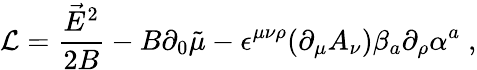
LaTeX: {\cal L}=\frac{\vec{E}^{2}}{2B}-B\partial_{0}\tilde{\mu}-\epsilon^{\mu\nu\rho}(\partial_{\mu}A_{\nu})\beta_{a}\partial_{\rho}\alpha^{a}\; ,